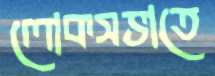
লোকসভাতে